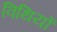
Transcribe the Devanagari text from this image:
विथियों